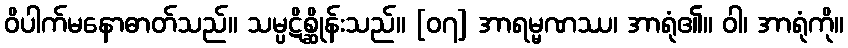
ဝိပါက်မနောဓာတ်သည်။ သမ္ပဋိစ္ဆိုန်းသည်။ [၀၇] အာရမ္မဏဿ၊ အာရုံ၏။ ဝါ၊ အာရုံကို။